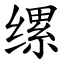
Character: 缧